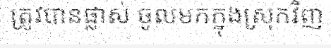
ត្រូវបានផ្លាស់ ចូលមកក្នុងស្រុកវិញ